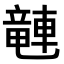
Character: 𫏽